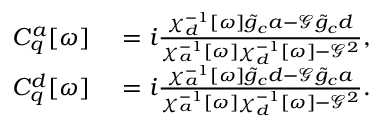
\begin{array} { r l } { C _ { q } ^ { a } [ \omega ] } & { { } = i \frac { \chi _ { d } ^ { - 1 } [ \omega ] \tilde { g } _ { c } a - \mathcal { G } \tilde { g } _ { c } d } { \chi _ { a } ^ { - 1 } [ \omega ] \chi _ { d } ^ { - 1 } [ \omega ] - \mathcal { G } ^ { 2 } } , } \\ { C _ { q } ^ { d } [ \omega ] } & { { } = i \frac { \chi _ { a } ^ { - 1 } [ \omega ] \tilde { g } _ { c } d - \mathcal { G } \tilde { g } _ { c } a } { \chi _ { a } ^ { - 1 } [ \omega ] \chi _ { d } ^ { - 1 } [ \omega ] - \mathcal { G } ^ { 2 } } . } \end{array}